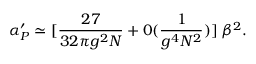
\alpha _ { P } ^ { \prime } \simeq [ { \frac { 2 7 } { 3 2 \pi g ^ { 2 } N } } + 0 ( \frac { 1 } { g ^ { 4 } N ^ { 2 } } ) ] \; { \beta ^ { 2 } } .